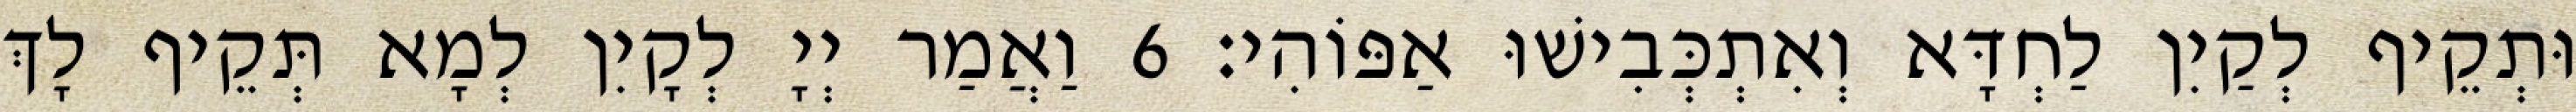
וּתְקֵיף לְקַיִן לַחְדָּא וְאִתְכְּבִישׁוּ אַפּוֹהִי׃ 6 וַאֲמַר יְיָ לְקָיִן לְמָא תְּקֵיף לָךְ